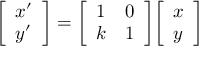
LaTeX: { \left[ \begin{array} { l } { x ^ { \prime } } \\ { y ^ { \prime } } \end{array} \right] } = { \left[ \begin{array} { l l } { 1 } & { 0 } \\ { k } & { 1 } \end{array} \right] } { \left[ \begin{array} { l } { x } \\ { y } \end{array} \right] }